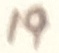
Text: 19